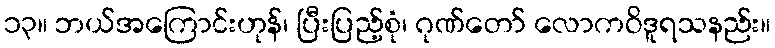
၁၃။ ဘယ်အကြောင်းဟုန်၊ ပြီးပြည့်စုံ၊ ဂုဏ်တော် လောကဝိဒူရသနည်း။